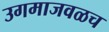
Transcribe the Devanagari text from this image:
उगमाजवळच